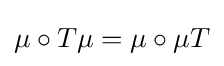
\mu \circ T\mu =\mu \circ \mu T